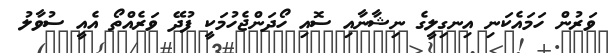
ވަރުން ހަމައެކަނި އިނގިލީގެ ނިޝާނާއި ސޮއި ހޯދަންޖެހުމަކީ ފުދޭ ވަރެއްތޯ އެއީ ސުވާލު